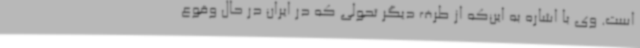
است. وی با اشاره به این‌که از طرف دیگر تحولی که در ایران در حال وقوع